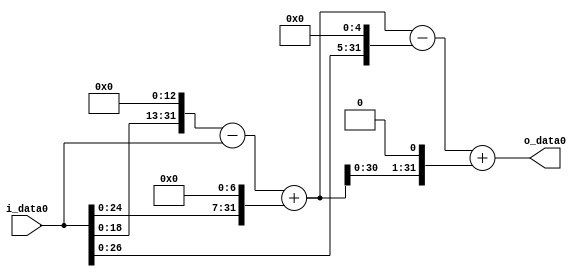
module multiplier_block (
    i_data0,
    o_data0
);

  // Port mode declarations:
  input   [31:0] i_data0;
  output  [31:0]
    o_data0;

  //Multipliers:

  wire [31:0]
    w1,
    w8192,
    w8191,
    w128,
    w8319,
    w32,
    w8287,
    w16638,
    w24925;

  assign w1 = i_data0;
  assign w128 = w1 << 7;
  assign w16638 = w8319 << 1;
  assign w24925 = w8287 + w16638;
  assign w32 = w1 << 5;
  assign w8191 = w8192 - w1;
  assign w8192 = w1 << 13;
  assign w8287 = w8319 - w32;
  assign w8319 = w8191 + w128;

  assign o_data0 = w24925;

  //multiplier_block area estimate = 7271.51040645588;
endmodule